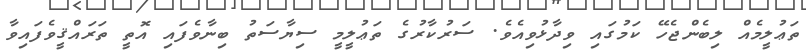
ތަޢުލީމެއް ލިބެންޖެހޭ ކަމުގައި ވިދާޅުވިއެވެ. ސަރުކާރުގެ ތަޢުލީމީ ސިޔާސަތު ބިނާވެފައި އޮތީ ތަރައްޤީވެފައިވާ